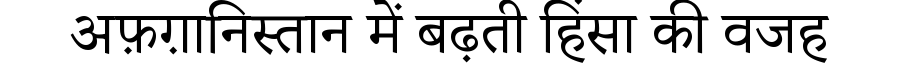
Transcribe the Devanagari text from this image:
अफ़ग़ानिस्तान में बढ़ती हिंसा की वजह